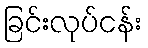
ခြင်းလုပ်ငန်း